Punjab Mental Hospital Lahore 1932-46 - 1932-1946
Year: 1932
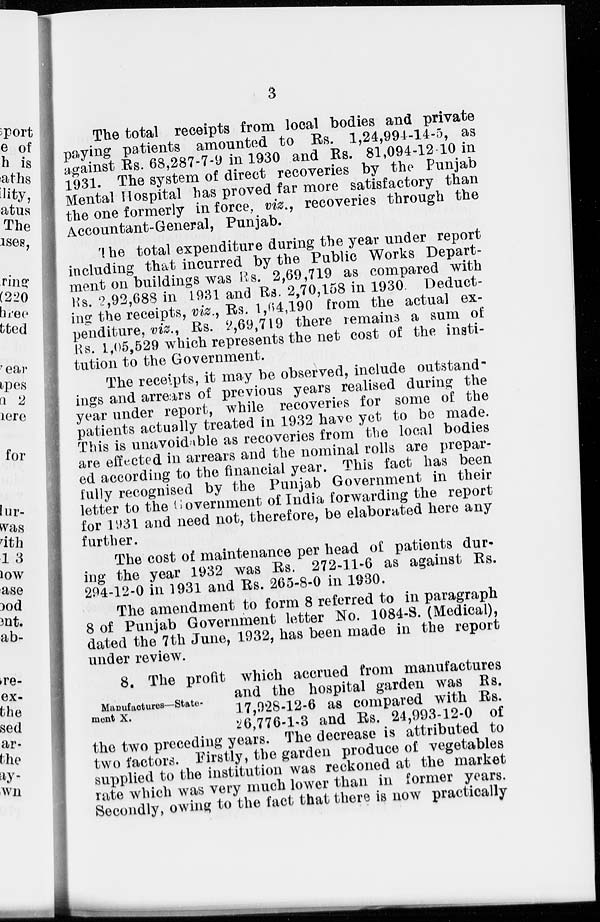
3
The total receipts from local bodies and private
paying patients amounted to Rs. 1,24,994-14-5, as
against Rs. 68,287-7-9 in 1930 and Rs. 81,094-12-10 in
1931. The system of direct recoveries by the Punjab
Mental Hospital has proved far more satisfactory than
the one formerly in force, viz., recoveries through the
Accountant-General, Punjab.
The total expenditure during the year under report
including that incurred by the Public Works Depart-
ment on buildings was Rs. 2,69,719 as compared with
Rs. 2,92,688 in 1931 and Rs. 2,70,158 in 1930. Deduct-
ing the receipts, viz., Rs. 1,64,190 from the actual ex-
penditure, viz., Rs. 2,69,719 there remains a sum of
Rs. 1,05,529 which represents the net cost of the insti-
tution to the Government.
The receipts, it may be observed, include outstand-
ings and arrears of previous years realised during the
year under report, while recoveries for some of the
patients actually treated in 1932 have yet to be made.
This is unavoidable as recoveries from the local bodies
are effected in arrears and the nominal rolls are prepar-
ed according to the financial year. This fact has been
fully recognised by the Punjab Government in their
letter to the Government of India forwarding the report
for 1931 and need not, therefore, be elaborated here any
further.
The cost of maintenance per head of patients dur-
ing the year 1932 was Rs. 272-11-6 as against Rs.
294-12-0 in 1931 and Rs. 265-8-0 in 1930.
The amendment to form 8 referred to in paragraph
8 of Punjab Government letter No. 1084-S. (Medical),
dated the 7th June, 1932, has been made in the report
under review.
Manufactures—State-
ment X.
8. The profit which accrued from manufactures
and the hospital garden was Rs.
17,928-12-6 as compared with Rs.
26,776-1-3 and Rs. 24,993-12-0 of
the two preceding years. The decrease is attributed to
two factors. Firstly, the garden produce of vegetables
supplied to the institution was reckoned at the market
rate which was very much lower than in former years.
Secondly, owing to the fact that there is now practically